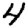
Digit: 4